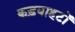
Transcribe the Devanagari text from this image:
कड़वाहटों